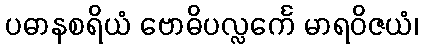
ပဓာနစရိယံ ဗောဓိပလ္လင်္ကေ မာရဝိဇယံ၊